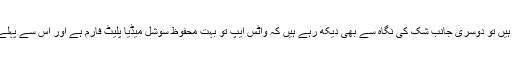
ایک جانب جہاں صارفین تشویش کا اظہار کر رہے ہیں تو دوسری جانب شک کی نگاہ سے بھی دیکھ رہے ہیں کہ واٹس ایپ تو بہت محفوظ سوشل میڈیا پلیٹ فارم ہے اور اس سے پہلے اس کے ہیک ہونے کے بارے میں کبھی نہیں سنا۔